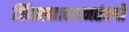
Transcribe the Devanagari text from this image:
जिंकला।त्यानतंरची